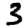
Digit: 3